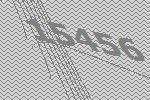
15456